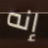
إنه